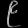
Digit: ၉